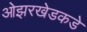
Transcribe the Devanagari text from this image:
ओझरखेडकडे